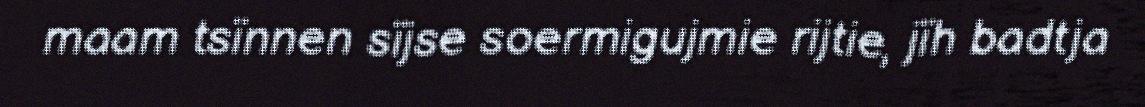
maam tsïnnen sïjse soermigujmie rijtie, jïh badtja